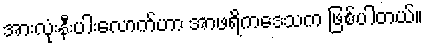
အားလုံးနီးပါးလောက်ဟာ အာဖရိကဒေသက ဖြစ်ပါတယ်။